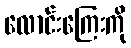
လောင်းကြေးကို